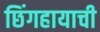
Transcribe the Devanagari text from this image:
छिंगहायाची